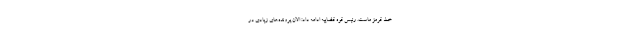
خط قرمز ماست. رئیس قوه قضاییه ادامه داد: الان پرونده‌های زیادی در